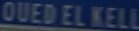
OUEDELKELL